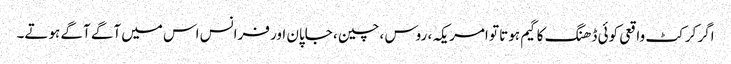
اگر کرکٹ واقعی کوئی ڈھنگ کا گیم ہوتا تو امریکہ ، روس ، چین ، جاپان اور فرانس اس میں آگے آگے ہوتے۔